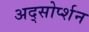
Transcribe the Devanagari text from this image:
अद्सोर्प्शन